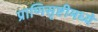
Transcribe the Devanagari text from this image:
प्राणिसृष्टीमध्ये